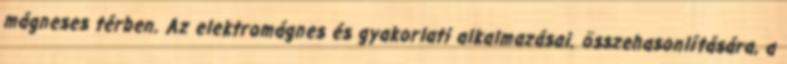
mágneses térben. Az elektromágnes és gyakorlati alkalmazásai. összehasonlítására, a